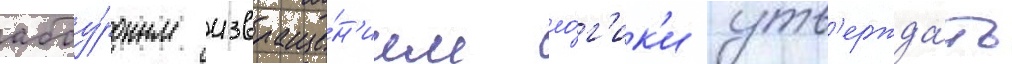
абсу́рдным извраще́н'ием ло́г'ик'и утв'ержда́ть